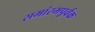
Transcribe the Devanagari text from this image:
समांरभपूर्वक